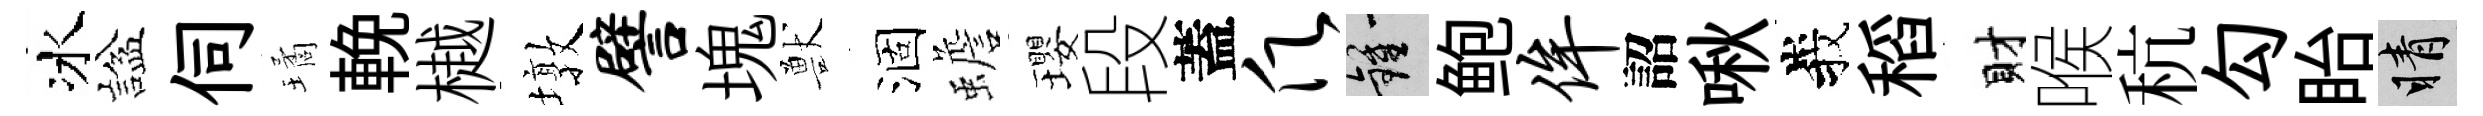
冰諡伺璚輓樾墩譬塊獸涸蟾瓔段蓋愿鍾鲍侔詔啾峩稻財喉秔勾眙睛